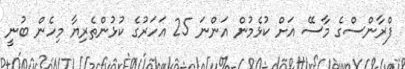
ފްރާންސްގެ މާސޭ އަށް ކުޅެމުން އަންނަ 25 އަހަރުގެ ކުޅުންތެރިޔާ މިހެން ބުނީ